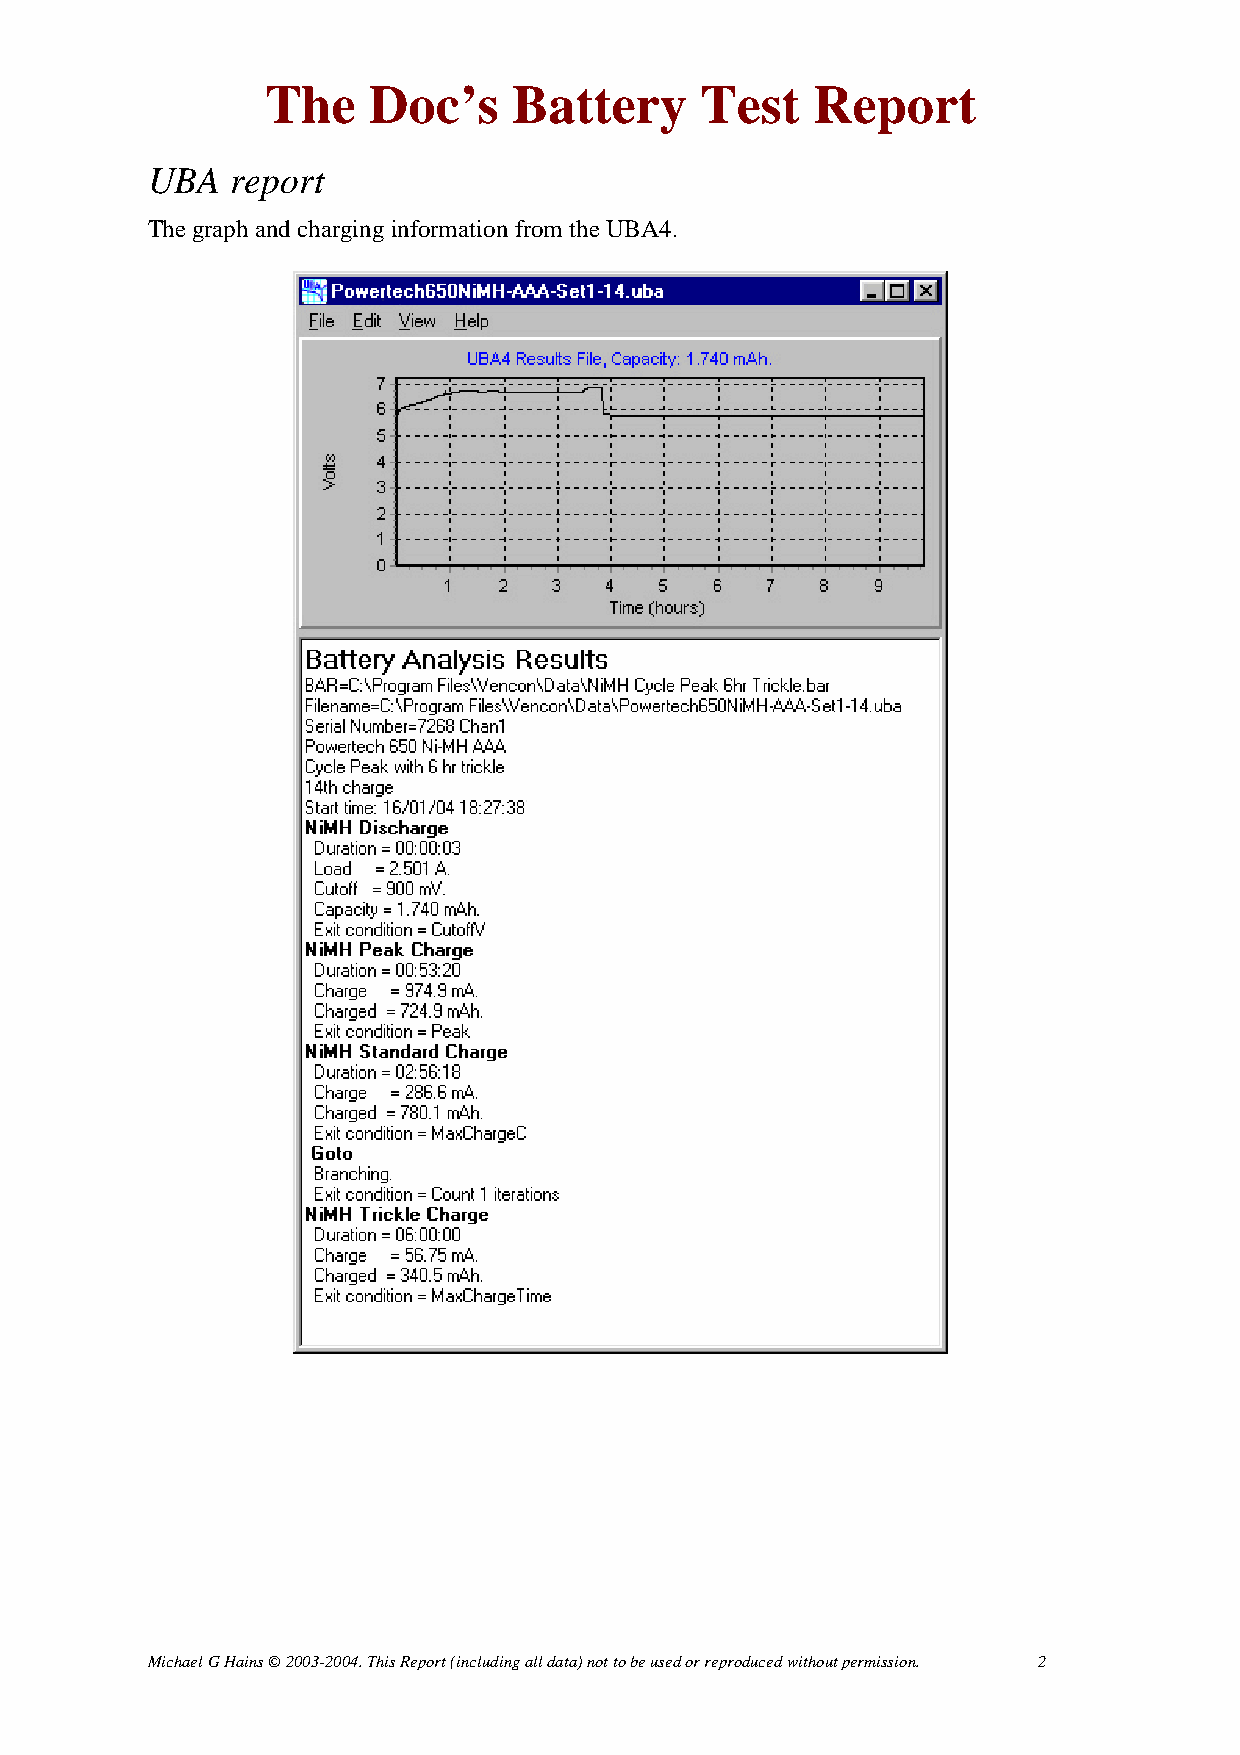
The   Doc’s     Battery     Test    Report
 UBA  report
 The graph and charging information from the UBA4.
 Michael G Hains © 2003-2004. This Report (including all data) not to be used or reproduced without permission. 2